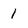
Character: 1